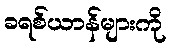
ခရစ်ယာန်များကို